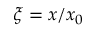
\xi = x / x _ { 0 }